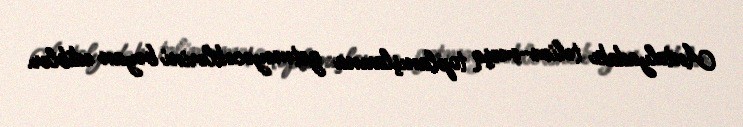
Antalyadakı təlim-məşq toplanışlarına getməyəcəklərini bəyan ediblər.